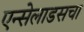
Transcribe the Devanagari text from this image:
एन्सेलाडसचा